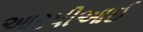
આરપીઆઈ